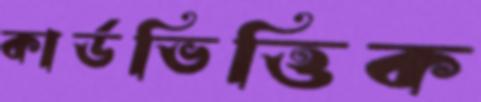
কার্ডভিত্তিক